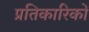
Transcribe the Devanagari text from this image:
प्रतिकारिकों